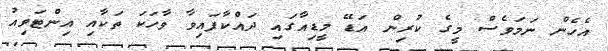
އެހެން ނަމަވެސް މީގެ ކުރިން އަޑޭ މީޑިއާގައި ދައްކާފައިވާ ވާހަކަ ތަކާއި އިންޓަވިއު